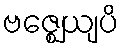
ဗဇ္ဈေယျပိ